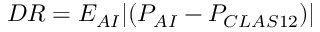
D R = E _ { A I } | ( P _ { A I } - P _ { C L A S 1 2 } ) |